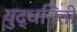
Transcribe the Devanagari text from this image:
युद्धनिती